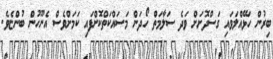
ބިރުން ހަޅޭއްލަވައި ގަސްދޮށަށް ވަދެ ސަލާމަތް ހޯދަން މަސައްކަތްކޮށްފައި ކަމަށްވެސް އެނޫހުން ބުންޏެވެ.